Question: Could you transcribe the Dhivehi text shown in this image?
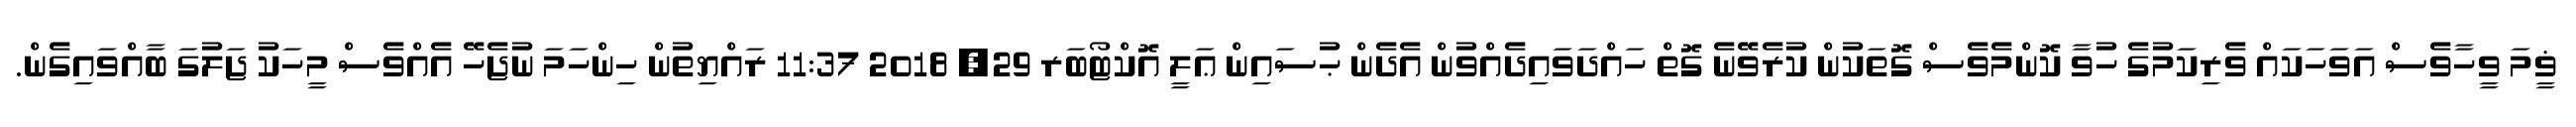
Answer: ޥީމަ ވީހާވެސް އަވަހަކައް ވެރިކަމުގެ ހުވާ ކޮންމެވެސް ގޮތަކުން ކުރެވޭނެ ގޮތް ހައްދަވައިދެއްވުން އެދެން ޙުސައިން ޢަލީ އޮކްޓޯބަރ 29, 2018 11:37 ރައްޔިތުން ހިންހަމަ ނުޖެހޭ އެއްވެސް މީހަކު ޖަލުގަ ބާއްވައިގެން.